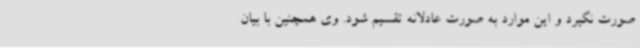
صورت نگیرد و این موارد به صورت عادلانه تقسیم شود. وی همچنین با بیان